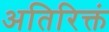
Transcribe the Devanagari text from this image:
अतिरिक्तं